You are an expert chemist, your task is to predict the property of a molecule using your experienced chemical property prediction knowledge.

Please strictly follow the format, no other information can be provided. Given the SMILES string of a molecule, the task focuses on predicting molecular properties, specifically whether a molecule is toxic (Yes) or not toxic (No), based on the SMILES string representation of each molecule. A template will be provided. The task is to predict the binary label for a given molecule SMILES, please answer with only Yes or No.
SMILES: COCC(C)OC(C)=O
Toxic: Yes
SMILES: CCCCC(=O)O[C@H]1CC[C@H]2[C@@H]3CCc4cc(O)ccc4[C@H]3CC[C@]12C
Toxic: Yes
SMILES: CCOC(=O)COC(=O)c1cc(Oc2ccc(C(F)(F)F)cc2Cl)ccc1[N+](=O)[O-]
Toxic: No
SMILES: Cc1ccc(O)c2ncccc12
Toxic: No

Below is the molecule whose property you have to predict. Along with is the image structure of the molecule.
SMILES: O=C(c1ccc(O)cc1)c1ccc(O)c(O)c1O
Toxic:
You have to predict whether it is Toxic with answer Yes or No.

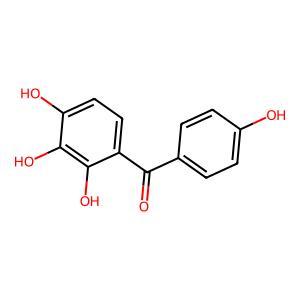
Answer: No